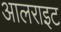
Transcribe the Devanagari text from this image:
आलराइट